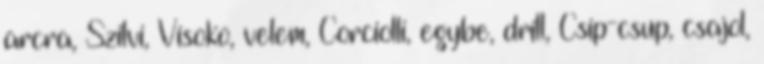
arcra, Szilvi, Visoko, velem, Corciolli, egybe, drill, Csip-csup, csajol,